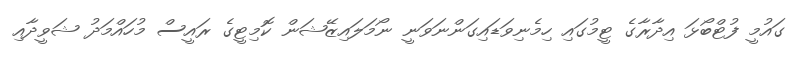
ގައުމީ ފުޓްބޯޅަ އިދާރާގެ ޓީމުގައި ހިމެނިވަޑައިގަންނަވަނީ ނޯމަލައިޒޭޝަން ކޮމިޓީގެ ރައީސް މުހައްމަދު ޝަވީދާއި